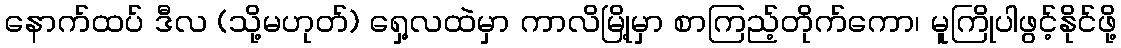
နောက်ထပ် ဒီလ (သို့မဟုတ်) ရှေ့လထဲမှာ ကာလိမြို့မှာ စာကြည့်တိုက်ကော၊ မူကြိုပါဖွင့်နိုင်ဖို့